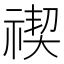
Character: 禊